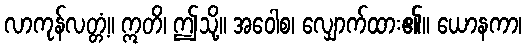
လာကုန်လတ္တံ့။ ဣတိ၊ ဤသို့။ အဝေါစ၊ လျှောက်ထား၏။ ယောနကာ၊